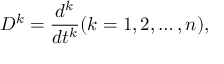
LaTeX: D ^ { k } = { \frac { d ^ { k } } { d t ^ { k } } } ( k = 1 , 2 , \ldots , n ) ,